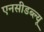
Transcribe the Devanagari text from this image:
एनसीडब्ल्यू